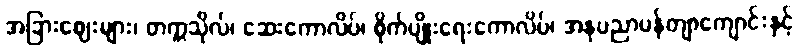
အခြားဈေးများ၊ တက္ကသိုလ်၊ ဆေးကောလိပ်၊ စိုက်ပျိုးရေးကောလိပ်၊ အနုပညာပန်တျာကျောင်းနှင့်